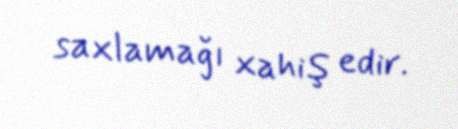
saxlamağı xahiş edir.